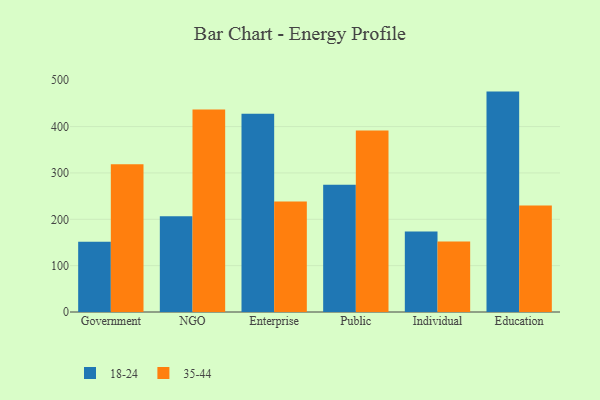
{"axis": {"x": "Segment", "y": "Inventory Turnover"}, "legend": ["18-24", "35-44"], "data": [{"x": "Government", "y": 151.4, "type": "18-24"}, {"x": "Government", "y": 318.6, "type": "35-44"}, {"x": "NGO", "y": 206.8, "type": "18-24"}, {"x": "NGO", "y": 437.0, "type": "35-44"}, {"x": "Enterprise", "y": 427.5, "type": "18-24"}, {"x": "Enterprise", "y": 238.2, "type": "35-44"}, {"x": "Public", "y": 274.3, "type": "18-24"}, {"x": "Public", "y": 391.7, "type": "35-44"}, {"x": "Individual", "y": 173.9, "type": "18-24"}, {"x": "Individual", "y": 152.0, "type": "35-44"}, {"x": "Education", "y": 475.5, "type": "18-24"}, {"x": "Education", "y": 229.8, "type": "35-44"}]}